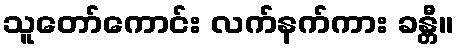
သူတော်ကောင်း လက်နက်ကား ခန္တီ။